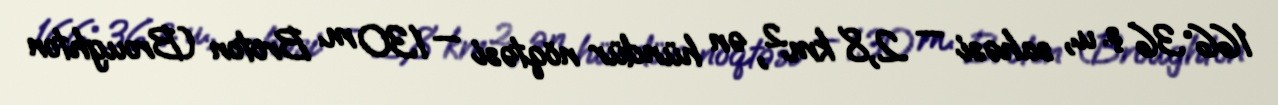
166°36′ ş. u., sahəsi — 2,8 km², ən hündür nöqtəsi — 130 m. Broton (Broughton